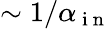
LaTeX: \sim 1/\alpha_{\mathrm{~i~n~}}